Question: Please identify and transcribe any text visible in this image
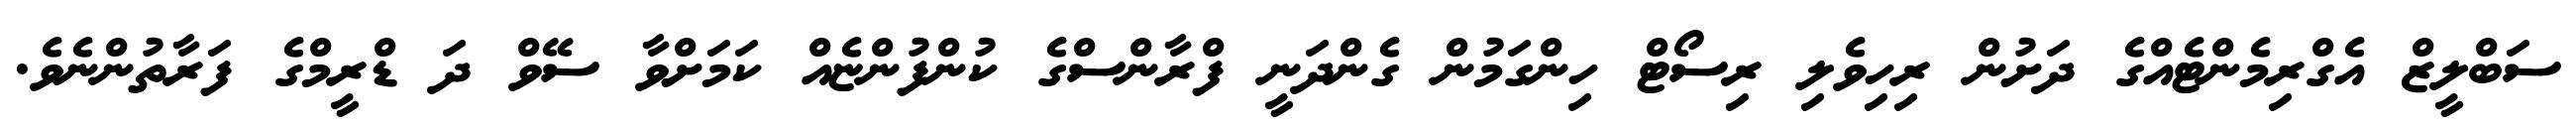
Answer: ސަބްލީޒް އެގްރިމެންޓެއްގެ ދަށުން ރިހިވެލި ރިސޯޓް ހިންގަމުން ގެންދަނީ ފްރާންސްގެ ކުންފުންޏެއް ކަމަށްވާ ސޭވް ދަ ޑްރީމްގެ ފަރާތުންނެވެ.